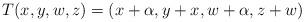
LaTeX: \begin{align*}T(x,y,w,z) = (x + \alpha, y + x, w + \alpha, z + w)\end{align*}